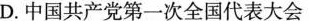
D.中国共产党第一次全国代表大会